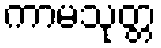
ကာမသုတ္တ